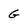
Character: G